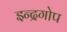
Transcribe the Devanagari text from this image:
इन्द्रगोप